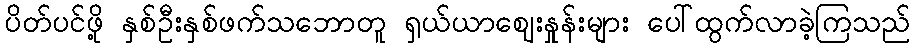
ပိတ်ပင်ဖို့ နှစ်ဦးနှစ်ဖက်သဘောတူ ရှယ်ယာဈေးနှုန်းများ ပေါ်ထွက်လာခဲ့ကြသည်